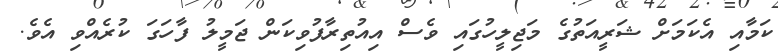
ކަމާއި އެކަމަށް ޝަރީއަތުގެ މަޖިލީހުގައި ވެސް އިއުތިރާފުވިކަން ޖަމީލު ފާހަގަ ކުރެއްވި އެވެ.